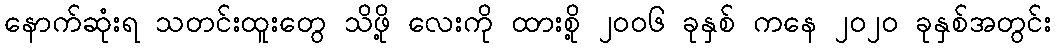
နောက်ဆုံးရ သတင်းထူးတွေ သိဖို့ လေးကို ထားစို့ ၂၀၀၆ ခုနှစ် ကနေ ၂၀၂၀ ခုနှစ်အတွင်း